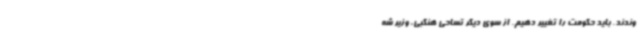
وندند. باید حکومت را تغییر دهیم. از سوی دیگر تساحی هنگبی، وزیر شه